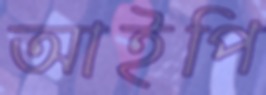
আইপি